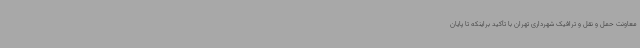
معاونت حمل و نقل و ترافیک شهرداری تهران با تأکید براینکه تا پایان